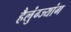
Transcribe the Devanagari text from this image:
हैलुंग्ज्यांग